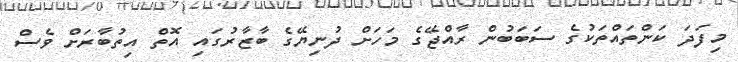
މިފަދަ ކަންތައްތަކުގެ ސަބަބުން ރާއްޖޭގެ މަހަށް ދުނިޔޭގެ ބާޒާރުގައި އޮތް އިތުބާރަށް ވެސް